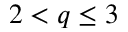
2 < q \leq 3